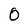
Character: O